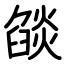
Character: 燄